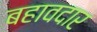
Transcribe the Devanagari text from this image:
बहावदार